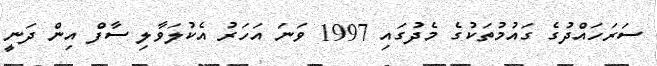
ސަރަހައްދުގެ ގައުމުތަކުގެ މެދުގައި 1997 ވަނަ އަހަރު އެކުލަވާލި ސާފް އިން ދަނީ